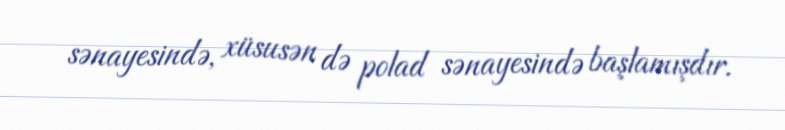
sənayesində, xüsusən də polad sənayesində başlamışdır.